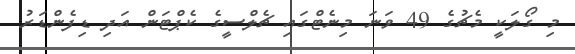
މި ގޯލަކީ މެޗުގެ 49 ވަނަ މިނެޓްގައި ޗެލްސީގެ ކެޕްޓަން އަދި ޑިފެންޑަރު